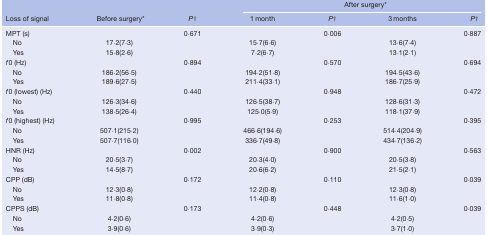
|  |  |  | <COLSPAN=4> After surgery* |
 | Loss of signal | Before surgery* | P† | 1 month | P† | 3 months | P† |
 | --- | --- | --- | --- | --- | --- | --- |
 | MPT (s) |  | 0·671 |  | 0·006 |  | 0·887 |
 | No | 17·2(7·3) |  | 15·7(6·6) |  | 13·6(7·4) |  |
 | Yes | 15·8(2·6) |  | 7·2(6·7) |  | 13·1(2·1) |  |
 | f0 (Hz) |  | 0·894 |  | 0·570 |  | 0·694 |
 | No | 186·2(56·5) |  | 194·2(51·8) |  | 194·5(43·6) |  |
 | Yes | 189·6(27·5) |  | 211·4(33·1) |  | 186·7(25·9) |  |
 | f0 (lowest) (Hz) |  | 0·440 |  | 0·948 |  | 0·472 |
 | No | 126·3(34·6) |  | 126·5(38·7) |  | 128·6(31·3) |  |
 | Yes | 138·5(26·4) |  | 125·0(5·9) |  | 118·1(37·9) |  |
 | f0 (highest) (Hz) |  | 0·995 |  | 0·253 |  | 0·395 |
 | No | 507·1(215·2) |  | 466·6(194·6) |  | 514·4(204·9) |  |
 | Yes | 507·7(116·0) |  | 336·7(49·8) |  | 434·7(136·2) |  |
 | HNR (Hz) |  | 0·002 |  | 0·900 |  | 0·563 |
 | No | 20·5(3·7) |  | 20·3(4·0) |  | 20·5(3·8) |  |
 | Yes | 14·5(8·7) |  | 20·6(6·2) |  | 21·5(2·1) |  |
 | CPP (dB) |  | 0·172 |  | 0·110 |  | 0·039 |
 | No | 12·3(0·8) |  | 12·2(0·8) |  | 12·3(0·8) |  |
 | Yes | 11·8(0·8) |  | 11·4(0·8) |  | 11·6(1·0) |  |
 | CPPS (dB) |  | 0·173 |  | 0·448 |  | 0·039 |
 | No | 4·2(0·6) |  | 4·2(0·6) |  | 4·2(0·5) |  |
 | Yes | 3·9(0·6) |  | 3·9(0·3) |  | 3·7(1·0) |  |